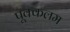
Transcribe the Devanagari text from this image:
पूक्कलम